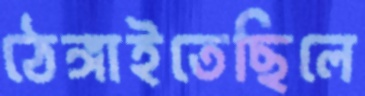
ঠেঙ্গাইতেছিলে